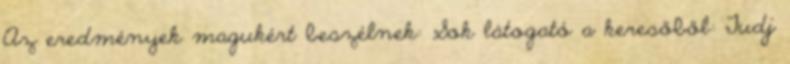
Az eredmények magukért beszélnek: Sok látogató a keresőből: Tudj